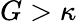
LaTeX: G>\kappa